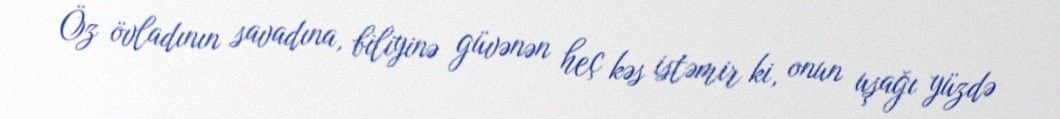
Öz övladının savadına, biliyinə güvənən heç kəs istəmir ki, onun uşağı yüzdə